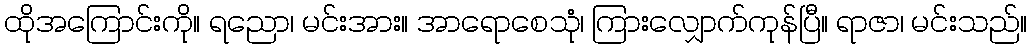
ထိုအကြောင်းကို။ ရညော၊ မင်းအား။ အာရောစေသုံ၊ ကြားလျှောက်ကုန်ပြီ။ ရာဇာ၊ မင်းသည်။